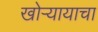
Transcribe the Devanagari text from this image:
खोऱ्यायाचा